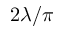
2 \lambda / \pi